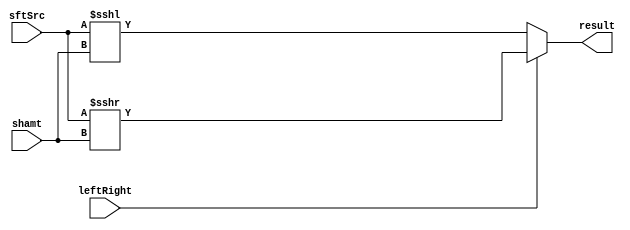
module Shifter (
    leftRight,
    shamt,
    sftSrc,
    result
);

  //I/O ports
  input leftRight;  //0:sll , 1:srl
  input [5-1:0] shamt;
  input [32-1:0] sftSrc;

  output [32-1:0] result;

  //Internal Signals
  reg [32-1:0] result;

  //Main function

always@(*) begin
    if (leftRight) // shift right
        result = sftSrc >>> shamt;
    else // shift left
        result = sftSrc <<< shamt;
end

endmodule